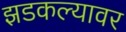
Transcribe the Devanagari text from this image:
झडकल्यावर